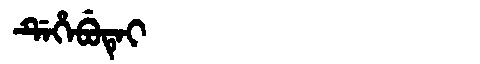
Manchu: ᡩᡝᡥᡝᠪᡠᡨᡝᡳ
Romanization: DEHEBUTEI